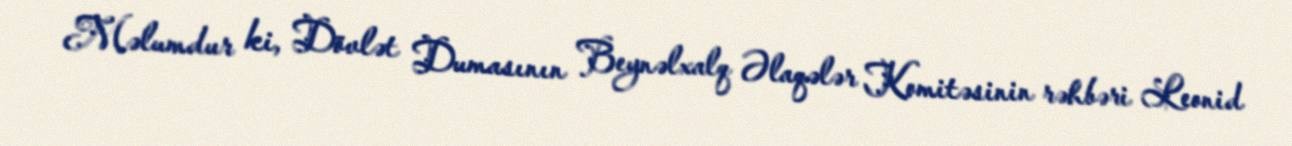
Məlumdur ki, Dövlət Dumasının Beynəlxalq Əlaqələr Komitəsinin rəhbəri Leonid